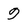
Character: 9